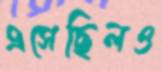
এসেছিলও